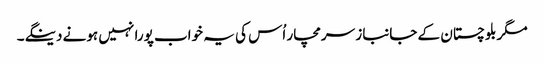
مگر بلوچستان کے جانباز سرمچار اُس کی یہ خواب پورا نہیں ہونے دینگے۔